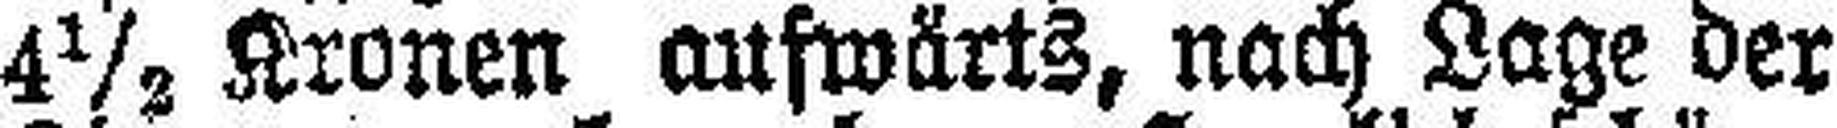
4½ Kronen aufwärts, nach Lage der